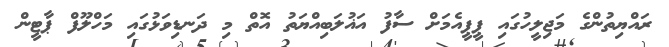
ރައްޔިތުންގެ މަޖިލީހުގައި ޕީޕީއެމަށް ސާފު އަޣުލަބިއްޔަތު އޮތް މި ދަނޑިވަޅުގައި މަހްލޫފް ޕާޓީން